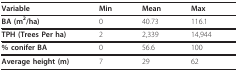
| Variable | Min | Mean | Max |
 | --- | --- | --- | --- |
 | BA (m2/ha) | 0 | 40.73 | 116.1 |
 | TPH (Trees Per ha) | 2 | 2,339 | 14,944 |
 | % conifer BA | 0 | 56.6 | 100 |
 | Average height (m) | 7 | 29 | 62 |